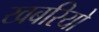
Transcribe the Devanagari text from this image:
खबरियो